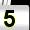
Digit: 5